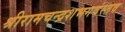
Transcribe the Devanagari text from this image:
श्रीरामचन्द्रशभगवंस्तव